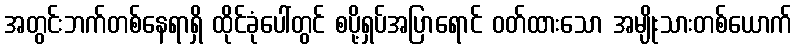
အတွင်းဘက်တစ်နေရာရှိ ထိုင်ခုံပေါ်တွင် စပို့ရှပ်အပြာရောင် ဝတ်ထားသော အမျိုးသားတစ်ယောက်